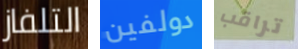
التلفاز دولفين تراقب